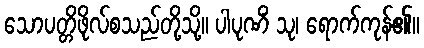
သောပတ္တိဖိုလ်စသည်တို့သို့။ ပါပုဏိံ သု၊ ရောက်ကုန်၏။